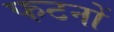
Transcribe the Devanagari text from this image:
फटनों